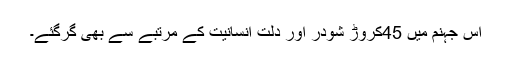
اس جہنم میں 45کروڑ شودر اور دلت انسانیت کے مرتبے سے بھی گرگئے۔